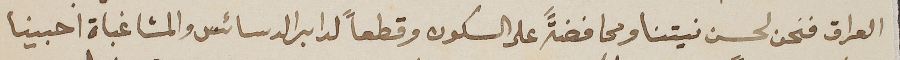
العراق فنحن لحسن نيتنا ومحافضةً على السكون وقطعاً لدابر الدسائس والمشاغباة احبينا